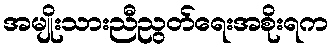
အမျိုးသားညီညွတ်ရေးအစိုးရက